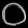
Digit: ၀